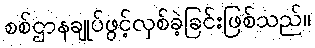
စစ်ဌာနချုပ်ဖွင့်လှစ်ခဲ့ခြင်းဖြစ်သည်။